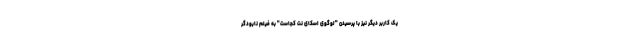
یک کاربر دیگر نیز با پرسیدن "لوگوی اسکای نت کجاست" به فیلم نابودگر